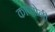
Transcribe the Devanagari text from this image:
काप्पोनी